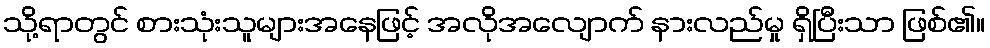
သို့ရာတွင် စားသုံးသူများအနေဖြင့် အလိုအလျောက် နားလည်မှု ရှိပြီးသာ ဖြစ်၏။